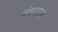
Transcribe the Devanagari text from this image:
नंदयाल